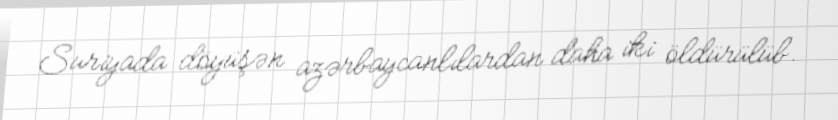
Suriyada döyüşən azərbaycanlılardan daha iki öldürülüb.